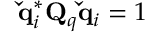
\mathbf { \check { q } } _ { i } ^ { * } \mathbf { Q } _ { q } \mathbf { \check { q } } _ { i } = 1